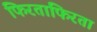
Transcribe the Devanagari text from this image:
फिरताफिरता